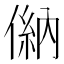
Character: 𠌦